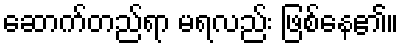
ဆောက်တည်ရာ မရလည်း ဖြစ်နေ၏။